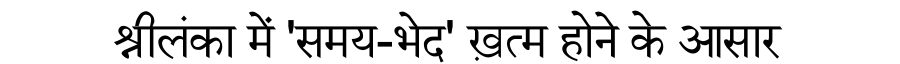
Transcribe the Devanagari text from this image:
श्रीलंका में 'समय-भेद' ख़त्म होने के आसार